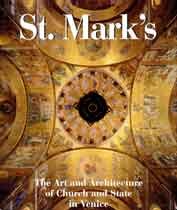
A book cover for St Mark's: The Art and Architecture of Church and State in Venice; Ettore Vio; Arts & Photography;